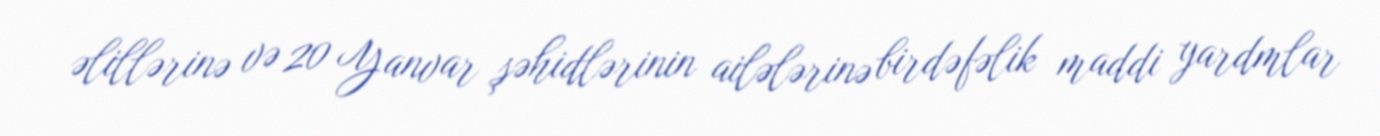
əlillərinə və 20 Yanvar şəhidlərinin ailələrinə birdəfəlik maddi yardmlar